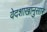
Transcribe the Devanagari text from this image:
वेदशाखानुसार